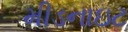
મીડનાઇટ